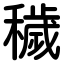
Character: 穢